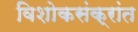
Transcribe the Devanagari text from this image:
विशोकसंक्रांत